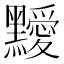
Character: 𪒱